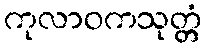
ကုလာဝကသုတ္တံ